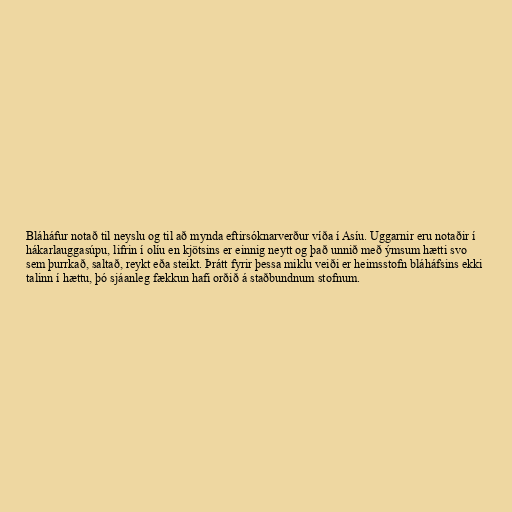
Bláháfur notað til neyslu og til að mynda eftirsóknarverður víða í Asíu. Uggarnir eru notaðir í
hákarlauggasúpu, lifrin í olíu en kjötsins er einnig neytt og það unnið með ýmsum hætti svo
sem þurrkað, saltað, reykt eða steikt. Þrátt fyrir þessa miklu veiði er heimsstofn bláháfsins ekki
talinn í hættu, þó sjáanleg fækkun hafi orðið á staðbundnum stofnum.